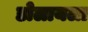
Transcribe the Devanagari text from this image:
डोलायला